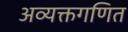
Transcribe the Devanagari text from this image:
अव्यक्तगणित